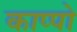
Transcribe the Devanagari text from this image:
काप्पो